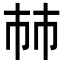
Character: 𢂏